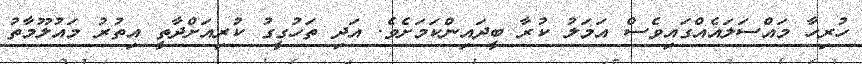
ހުރިހާ މައްސަލައެއްގައިވެސް އަމަލު ކުރާ ބީދައިންކަމަށެވެ. އަދި ތަހުގީގު ކުރިއަށްދާތީ އިތުރު މައުލޫމާތު